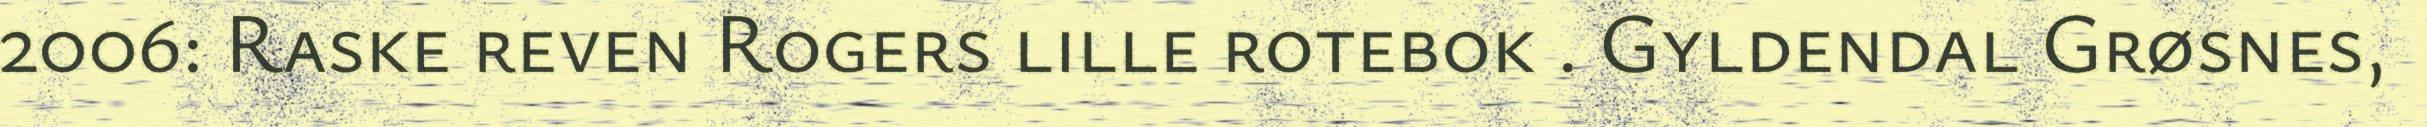
2006: Raske reven Rogers lille rotebok . Gyldendal Grøsnes,